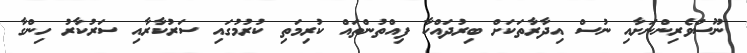
ނޫސްވެރިންނަށާއި ނުސް އިދާރާތަކަށް ބިރުދައްކާ ފިއްތުންތައް ކުރިމަތި ކުރުމުގައި ސަރުކާރާއި ސަރުކާރު ހިންގާ